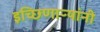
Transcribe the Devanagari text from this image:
इच्छिणाऱ्यांनी